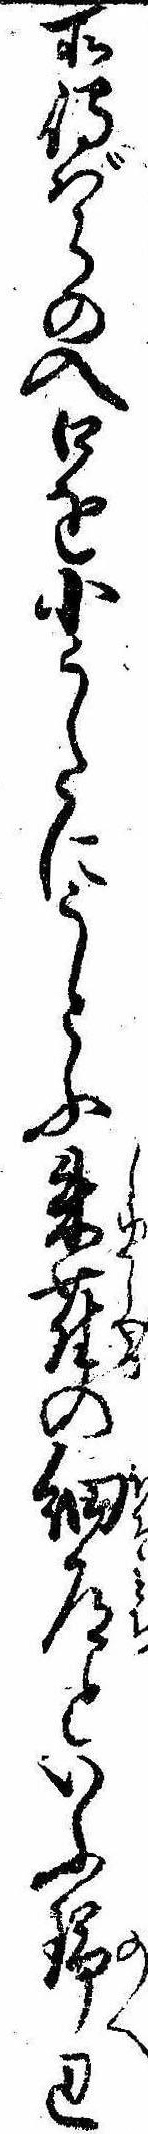
所島ばらの入口を小うたにうとふ朱雀の細道といふ野辺